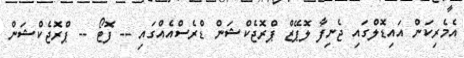
އެމެރިކަން އައިޑޮލްގައި ޖެނިފާ ލޮޕޭޒް ޕްރޮޖެކްޝަން ޑްރެސްއެއްގައި -- ފޮޓޯ -- ޕްރޮޖެކްޝަން